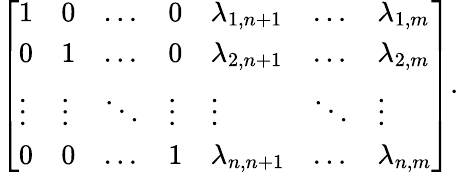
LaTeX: {\left[\begin{array}{lllllll}{1}&{0}&{\dots}&{0}&{\lambda_{1,n+1}}&{\dots}&{\lambda_{1,m}}\\ {0}&{1}&{\dots}&{0}&{\lambda_{2,n+1}}&{\dots}&{\lambda_{2,m}}\\ {\vdots}&{\vdots}&{\ddots}&{\vdots}&{\vdots}&{\ddots}&{\vdots}\\ {0}&{0}&{\dots}&{1}&{\lambda_{n,n+1}}&{\dots}&{\lambda_{n,m}}\end{array}\right]}.